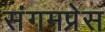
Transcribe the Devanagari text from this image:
संगमप्रेस